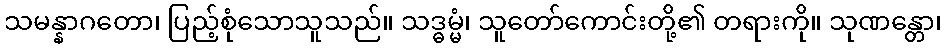
သမန္နာဂတော၊ ပြည့်စုံသောသူသည်။ သဒ္ဓမ္မံ၊ သူတော်ကောင်းတို့၏ တရားကို။ သုဏန္တော၊